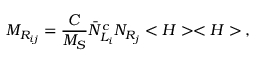
M _ { R _ { i j } } = { \frac { C } { M _ { S } } } { \bar { N } } _ { L _ { i } } ^ { c } N _ { R _ { j } } < H > < H > \, ,